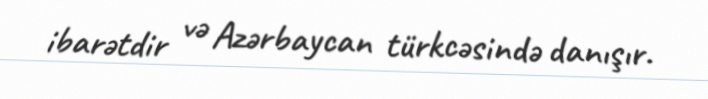
ibarətdir və Azərbaycan türkcəsində danışır.